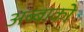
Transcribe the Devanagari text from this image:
अब्बाको